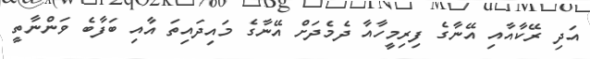
އަދި ރޭކާއާއި އޭނާގެ ފިރިމީހާއާ ދެމެދަށް އޭނާގެ މައިދައިތަ އާއި ބަފާބެ ވަންނާތީ